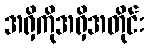
အရှိကိုအရှိအတိုင်း